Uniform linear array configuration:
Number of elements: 8
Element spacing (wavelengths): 0.5
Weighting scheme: kaiser
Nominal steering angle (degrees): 15
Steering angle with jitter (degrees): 14.968
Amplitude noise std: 0.05
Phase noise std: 0.05

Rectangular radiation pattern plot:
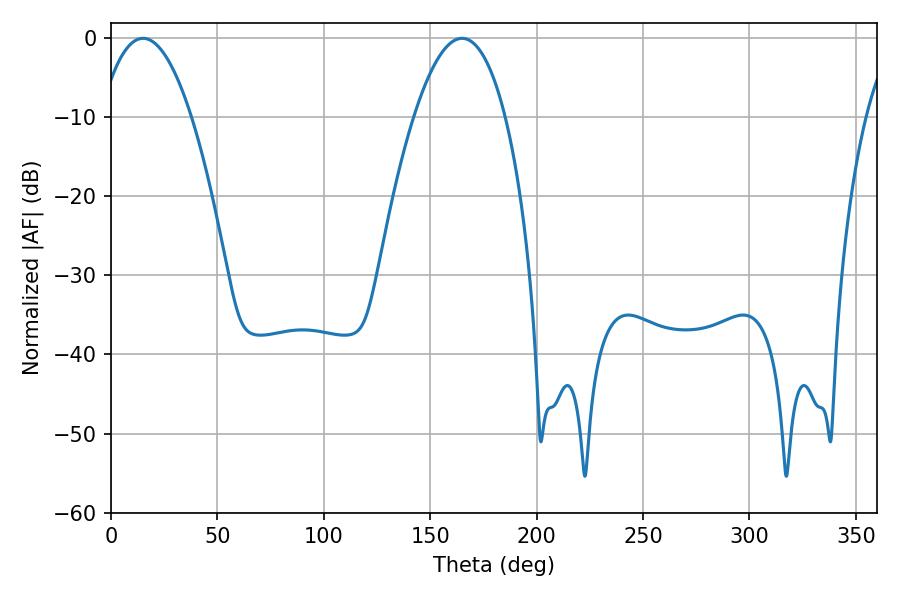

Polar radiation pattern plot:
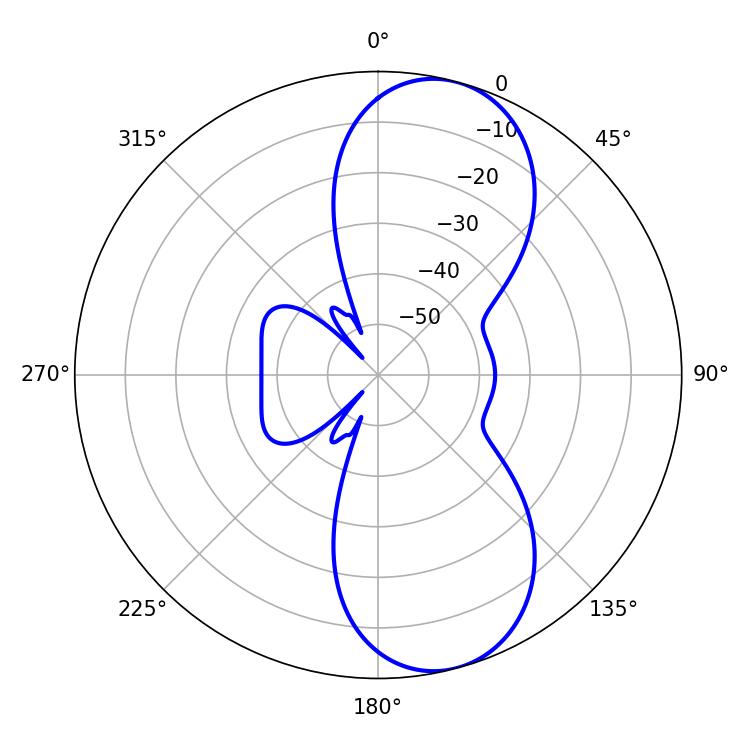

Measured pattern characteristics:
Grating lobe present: FALSE
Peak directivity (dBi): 9.254
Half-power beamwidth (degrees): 23.76
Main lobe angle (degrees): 15.12